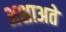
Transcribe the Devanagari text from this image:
अशाअते